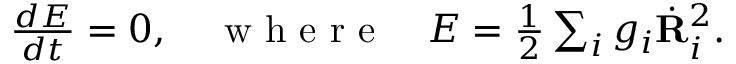
\begin{array} { r } { \frac { d E } { d t } = 0 , \quad \mathrm { ~ w ~ h ~ e ~ r ~ e ~ } \quad E = \frac 1 2 \sum _ { i } g _ { i } \dot { \bf R } _ { i } ^ { 2 } . } \end{array}